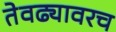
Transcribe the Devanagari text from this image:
तेवढ्यावरच